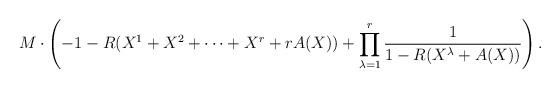
LaTeX: \begin{align*}M\cdot\left(-1-R(X^1+X^2+\cdots+X^r+rA(X))+\prod_{\lambda=1}^r\frac{1}{1-R(X^\lambda+A(X))}\right). \end{align*}